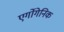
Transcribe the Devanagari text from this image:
एर्गोगेनिक